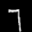
Label: 7